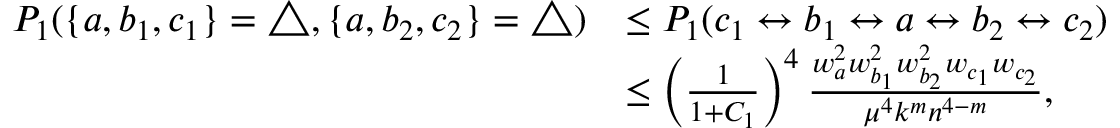
\begin{array} { r l } { P _ { 1 } ( \{ a , b _ { 1 } , c _ { 1 } \} = \triangle , \{ a , b _ { 2 } , c _ { 2 } \} = \triangle ) } & { \leq P _ { 1 } ( c _ { 1 } \leftrightarrow b _ { 1 } \leftrightarrow a \leftrightarrow b _ { 2 } \leftrightarrow c _ { 2 } ) } \\ & { \leq \left( \frac { 1 } { 1 + C _ { 1 } } \right) ^ { 4 } \frac { w _ { a } ^ { 2 } w _ { b _ { 1 } } ^ { 2 } w _ { b _ { 2 } } ^ { 2 } w _ { c _ { 1 } } w _ { c _ { 2 } } } { \mu ^ { 4 } k ^ { m } n ^ { 4 - m } } , } \end{array}